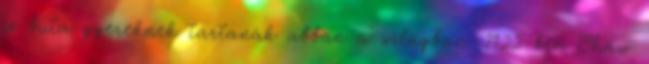
is buta gyereknek tartanák abban a világban. 1922-ben Shaw